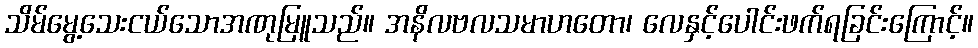
သိမ်မွေ့သေးငယ်သောအဏုမြူသည်။ အနိလဗလသမာဟတော၊ လေနှင့်ပေါင်းဖက်ရခြင်းကြောင့်။